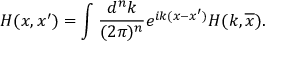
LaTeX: H ( x , x ^ { \prime } ) = \int \frac { d ^ { n } k } { ( 2 \pi ) ^ { n } } e ^ { i k ( x - x ^ { \prime } ) } H ( k , \overline { { x } } ) .